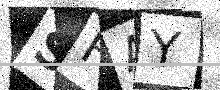
Text: SHAY